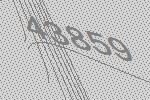
43859